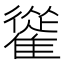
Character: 𩀰